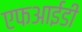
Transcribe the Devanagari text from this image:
एफआईडी